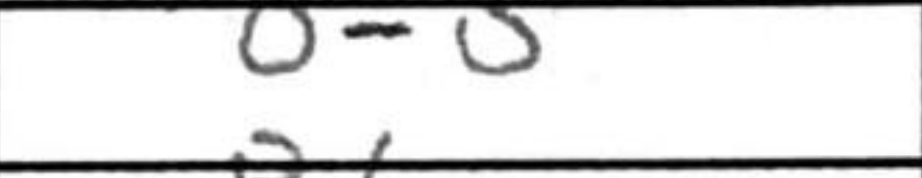
Transcription: O-O